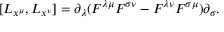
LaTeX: [ L _ { x ^ { \mu } } , L _ { x ^ { \nu } } ] = \partial _ { \lambda } ( F ^ { \lambda \mu } F ^ { \sigma \nu } - F ^ { \lambda \nu } F ^ { \sigma \mu } ) \partial _ { \sigma } .